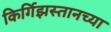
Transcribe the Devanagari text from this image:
किर्गिझस्तानच्या